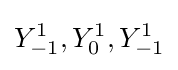
Y_{-1}^{1},Y_{0}^{1},Y_{-1}^{1}